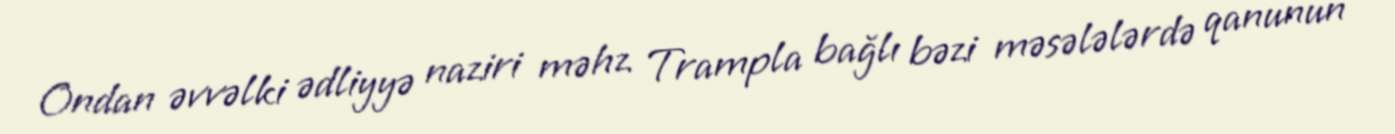
Ondan əvvəlki ədliyyə naziri məhz Trampla bağlı bəzi məsələlərdə qanunun